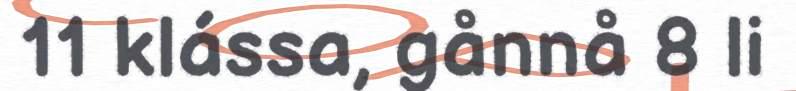
11 klássa, gånnå 8 li